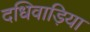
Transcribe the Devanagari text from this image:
दधिवाड़िया